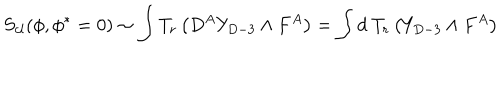
S _ { c l } ( \phi , \phi ^ { * } = 0 ) \sim \int T _ { r } \left( D ^ { A } Y _ { D - 3 } \wedge F ^ { A } \right) = \int d \ T _ { r } \left( Y _ { D - 3 } \wedge F ^ { A } \right)